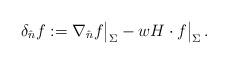
LaTeX: \begin{align*} \delta_{\hat n} f :=\nabla_{\hat n}f\big|_\Sigma - wH \cdot f\big|_\Sigma\, .\end{align*}